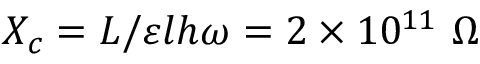
X _ { c } = L / \varepsilon l h \omega = 2 \times 1 0 ^ { 1 1 } \ \Omega